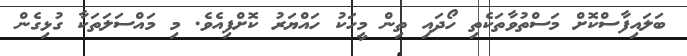
ބަލައިފާސްކޮށް މަސްތުވާތަކެތި ހޯދައި ތިން މީހަކު ހައްޔަރު ކޮށްފިއެވެ. މި މައްސަލަތަކާ ގުޅިގެން